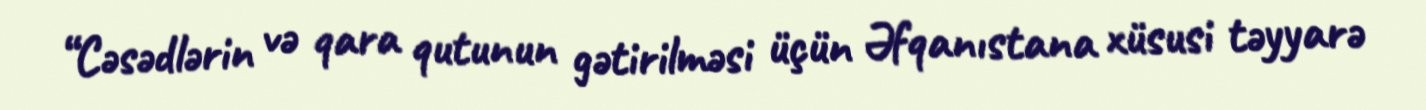
“Cəsədlərin və qara qutunun gətirilməsi üçün Əfqanıstana xüsusi təyyarə